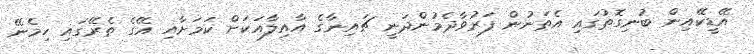
އޭޑީކޭއިން ބުނިގޮތުގައި އެތަނުން ފަރުވާދެމުންދަނީ ޗައިނާގެ އާއިލާއަކަށް ކަމަށާއި އޭގެ ތެރޭގައި ހިމެނޭ